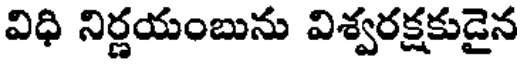
విధి నిర్ణయంబును విశ్వరక్షకుడైన